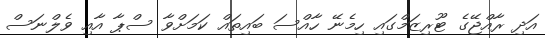
އަދި ރާއްޖޭގެ ޓޫރިޒަމްގައި ހިމެނޭ ހާއްސަ ބައިތައް ކަމަށްވާ ސްޕާ އާއި ވެލްނަސް